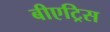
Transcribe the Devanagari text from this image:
बीएट्रिस